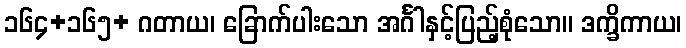
၁၆၄+၁၆၅+ ဂတာယ၊ ခြောက်ပါးသော အင်္ဂါနှင့်ပြည့်စုံသော။ ဒက္ခိကာယ၊